Code of medical and sanitary regulations for the guidance of medical officers serving in the Madras Presidency - Volume II
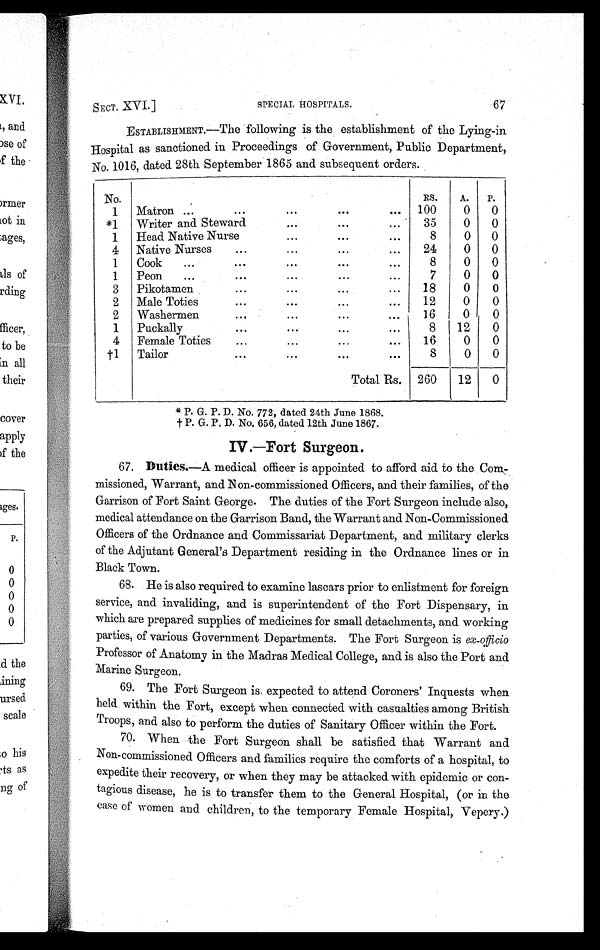
SECT. XVI.]
SPECIAL HOSPITALS.
67
ESTABLISHMENT.—The following is the establishment of the Lying-in
Hospital as sanctioned in Proceedings of Government, Public Department,
No. 1016, dated 28th September 1865 and subsequent orders.
No.
ES.
A. P.
1 Matron ...
..
...
. . . . 100
0
0
*1 Writer and Steward
...
...
...
35
0
0
1 Head Native Nurse
. . .
. . .
. . .
8
0
0
4 Native Nurses
.
.
. . . .
. . .
. . .
24
0
0
1 Cook
...
.
. . .
. . .
. . .
8
0
0
1 Peon
...
..
...
...
..
7
0
0
3 Pikotamen
...
...
..
...
18
0
0
2 Male Toties
...
...
. . .
. . .
12
0
0
2 Washermen
. . .
. . .
. . .
. . .
16 I 0
0
1 Puckally
...
..
...
...
8
12
0
4 Female Toties
.
. . . .
. . .
. . .
16
0
0
t 1 Tailor
..
. . .
. . .
. . .
8
0
0
Total Rs. 260
12
0
* P. G. P. D. No. 772, dated 24th June 1868.
P. G. P. D. No. 656, dated 12th June 1867.
IV.—Fort Surgeon.
6 7 .
D u t i e s
. — A m e d i c a l o f f i c e r i s a p p o i n t e d t o a f f o r d a i d t o t h e C o m
- m i s s i o n e d , W a r r a n t , a n d N o n - c o m m i s s i o n e d O f f i c e r s , a n d t h e i r f a m i l i e s , o f t h e
Garrison of Fort Saint George. The duties of the Fort Surgeon include also,
medical attendance on the Garrison Band, the Warrant and Non-Commissioned
Officers of the Ordnance and Commissariat Department, and military clerks
of the Adjutant General's Department residing in the Ordnance lines or in
Black Town.
6 8 . H e i s a l s o r e q u i r e d t o e x a m i n e l a s c a r s p r i o r t o e n l i s t m e n t f o r f o r e i g n
service, and invaliding, and is superintendent of the Fort Dispensary, in
which are prepared supplies of medicines for small detachments, and working
parties, of various Government Departments. The Fort Surgeon is ex -officio
Professor of Anatomy in the Madras Medical College, and is also the Port and
Marine Surgeon.
6 9 . T h e F o r t S u r g e o n i s . e x p e c t e d t o a t t e n d C o r o n e r s ' I n q u e s t s w h e n
held within the Fort, except when connected with casualties among British
Troops, and also to perform the duties of Sanitary Officer within the Fort.
7 0 . W h e n t h e F o r t S u r g e o n s h a l l b e s a t i s f i e d t h a t W a r r a n t a n d
Non-commissioned Officers and families require the comforts of a hospital, to
expedite their recovery, or when they may be attacked with epidemic or con-
tagious disease, he is to transfer them to the General Hospital, (or in the
case of women and children, to the temporary Female Hospital, Vepery.)